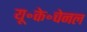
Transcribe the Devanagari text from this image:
यू॰के॰चेनल